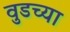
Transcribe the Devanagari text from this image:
वुडच्या